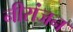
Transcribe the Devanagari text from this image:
नीरांजन